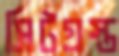
সিটগ্রস্ত